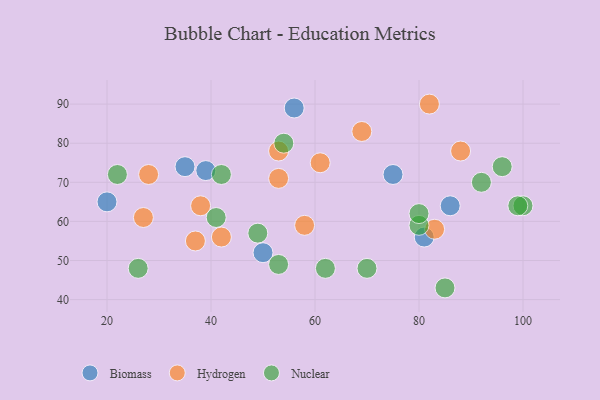
{"axis": {"x": "GDP", "y": "Life Expectancy"}, "legend": ["Biomass", "Hydrogen", "Nuclear"], "data": [{"x": "35", "y": 74, "type": "Biomass"}, {"x": "56", "y": 89, "type": "Biomass"}, {"x": "75", "y": 72, "type": "Biomass"}, {"x": "50", "y": 52, "type": "Biomass"}, {"x": "86", "y": 64, "type": "Biomass"}, {"x": "20", "y": 65, "type": "Biomass"}, {"x": "39", "y": 73, "type": "Biomass"}, {"x": "81", "y": 56, "type": "Biomass"}, {"x": "58", "y": 59, "type": "Hydrogen"}, {"x": "53", "y": 71, "type": "Hydrogen"}, {"x": "27", "y": 61, "type": "Hydrogen"}, {"x": "37", "y": 55, "type": "Hydrogen"}, {"x": "28", "y": 72, "type": "Hydrogen"}, {"x": "61", "y": 75, "type": "Hydrogen"}, {"x": "82", "y": 90, "type": "Hydrogen"}, {"x": "83", "y": 58, "type": "Hydrogen"}, {"x": "42", "y": 56, "type": "Hydrogen"}, {"x": "69", "y": 83, "type": "Hydrogen"}, {"x": "88", "y": 78, "type": "Hydrogen"}, {"x": "38", "y": 64, "type": "Hydrogen"}, {"x": "53", "y": 78, "type": "Hydrogen"}, {"x": "22", "y": 72, "type": "Nuclear"}, {"x": "49", "y": 57, "type": "Nuclear"}, {"x": "92", "y": 70, "type": "Nuclear"}, {"x": "100", "y": 64, "type": "Nuclear"}, {"x": "41", "y": 61, "type": "Nuclear"}, {"x": "99", "y": 64, "type": "Nuclear"}, {"x": "42", "y": 72, "type": "Nuclear"}, {"x": "80", "y": 59, "type": "Nuclear"}, {"x": "26", "y": 48, "type": "Nuclear"}, {"x": "70", "y": 48, "type": "Nuclear"}, {"x": "96", "y": 74, "type": "Nuclear"}, {"x": "85", "y": 43, "type": "Nuclear"}, {"x": "54", "y": 80, "type": "Nuclear"}, {"x": "62", "y": 48, "type": "Nuclear"}, {"x": "80", "y": 62, "type": "Nuclear"}, {"x": "53", "y": 49, "type": "Nuclear"}]}